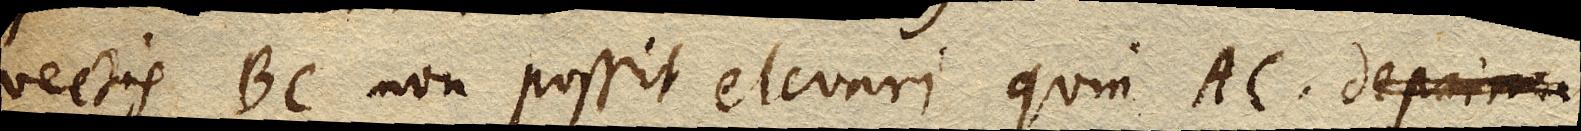
vectis BC non possit elevari quin AC deprima